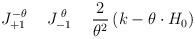
LaTeX: \begin{align*}J^{-\theta}_{+1} \hspace{0.5cm}J^{\;\theta}_{-1} \hspace{0.5cm}\frac{2}{\theta^{2}} \left( k - \theta \cdot H_{0} \right)\end{align*}